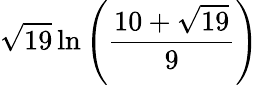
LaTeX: {\sqrt{19}}\ln\left({\frac{10+{\sqrt{19}}}{9}}\right)